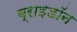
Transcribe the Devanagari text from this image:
ब्राइडॉन